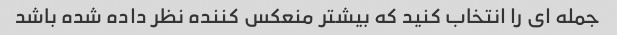
جمله ای را انتخاب کنید که بیشتر منعکس کننده نظر داده شده باشد